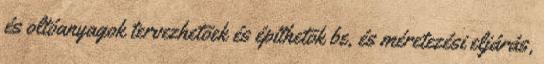
és oltóanyagok tervezhetõek és építhetõk be, és méretezési eljárás,